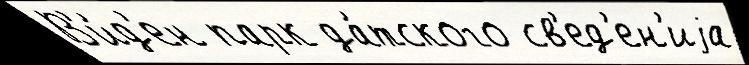
В'и́д'ен парк да́тского св'ед'ен'иjа